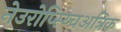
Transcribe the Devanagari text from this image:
नेउरोप्स्य्चिअत्रिक